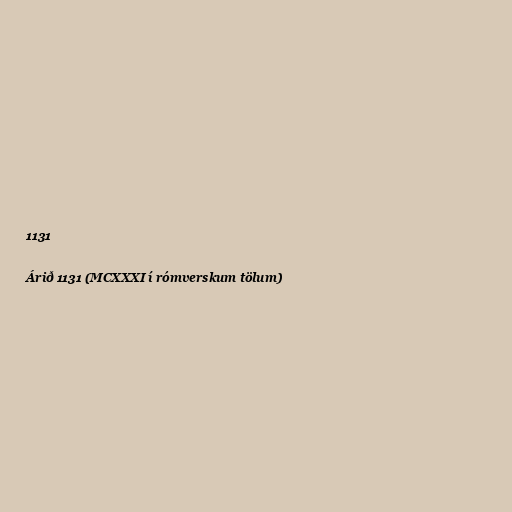
1131

Árið 1131 (MCXXXI í rómverskum tölum)